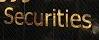
securities